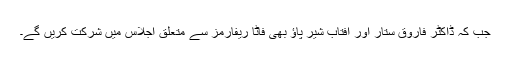
جب کہ ڈاکٹر فاروق ستار اور آفتاب شیر پاؤ بھی فاٹا ریفارمز سے متعلق اجلاس میں شرکت کریں گے۔